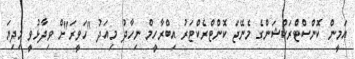
އަމީން ކޮންސްޓްރަކްޝަންގެ މެނޭޖަ ކޮންޓްރެކްޓަރު އިބްރާހީމް ނިހާދު މިއަދު "ހަވީރަ"ށް ވިދާޅުވީ މިދިޔަ